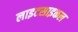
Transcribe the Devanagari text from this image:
लाइटसाइकल